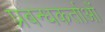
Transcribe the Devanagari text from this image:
प्रबन्धकर्ताओं